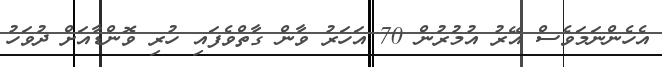
އެހެންނަމަވެސް އޭރު އުމުރުން 70 އަހަރު ވާން ގާތްވެފައި ހުރި ވޮންޑާއަށް ދުވަހު